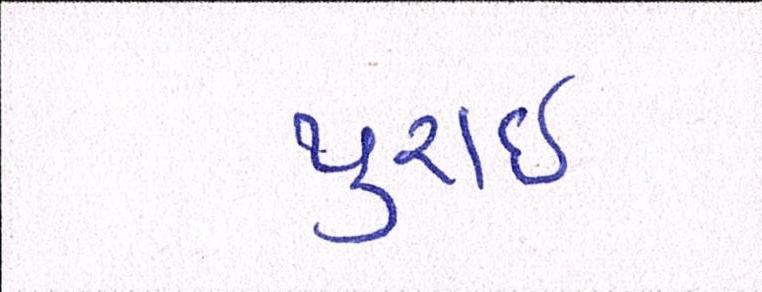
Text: પુરાઈ